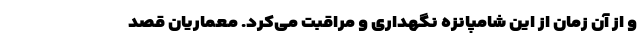
و از آن زمان از این شامپانزه نگهداری و مراقبت می‌کرد. معماریان قصد